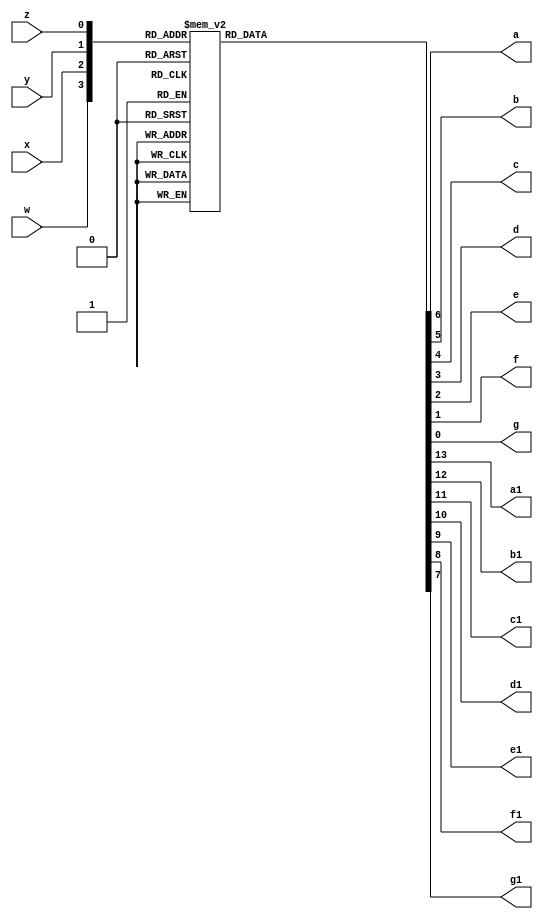
module A2bitBinary2sevenS (
	input w,x,y,z,
	output reg a,b,c,d,e,f,g,a1,b1,c1,d1,e1,f1,g1);
	always @ (w,x,y,z) begin
		case({w,x,y,z})
			4'b0000:{a1,b1,c1,d1,e1,f1,g1,a,b,c,d,e,f,g}=14'b11111110000001;
			4'b0001:{a1,b1,c1,d1,e1,f1,g1,a,b,c,d,e,f,g}=14'b11111111001111;
			4'b0010:{a1,b1,c1,d1,e1,f1,g1,a,b,c,d,e,f,g}=14'b11111110010010;
			4'b0011:{a1,b1,c1,d1,e1,f1,g1,a,b,c,d,e,f,g}=14'b11111110000110;
			4'b0100:{a1,b1,c1,d1,e1,f1,g1,a,b,c,d,e,f,g}=14'b11111111001100;
			4'b0101:{a1,b1,c1,d1,e1,f1,g1,a,b,c,d,e,f,g}=14'b11111110100100;
			4'b0110:{a1,b1,c1,d1,e1,f1,g1,a,b,c,d,e,f,g}=14'b11111110100000;
			4'b0111:{a1,b1,c1,d1,e1,f1,g1,a,b,c,d,e,f,g}=14'b11111110001111;
			4'b1000:{a1,b1,c1,d1,e1,f1,g1,a,b,c,d,e,f,g}=14'b11111110000000;
			4'b1001:{a1,b1,c1,d1,e1,f1,g1,a,b,c,d,e,f,g}=14'b11111110000100;
			4'b1010:{a1,b1,c1,d1,e1,f1,g1,a,b,c,d,e,f,g}=14'b10011110000001;
			4'b1011:{a1,b1,c1,d1,e1,f1,g1,a,b,c,d,e,f,g}=14'b10011111001111;
			4'b1100:{a1,b1,c1,d1,e1,f1,g1,a,b,c,d,e,f,g}=14'b10011110010010;
			4'b1101:{a1,b1,c1,d1,e1,f1,g1,a,b,c,d,e,f,g}=14'b10011110000110;
			4'b1110:{a1,b1,c1,d1,e1,f1,g1,a,b,c,d,e,f,g}=14'b10011111001100;
			4'b1111:{a1,b1,c1,d1,e1,f1,g1,a,b,c,d,e,f,g}=14'b10011110100100;
		endcase
	end
endmodule